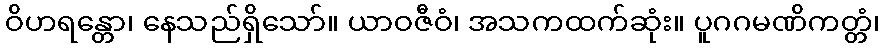
ဝိဟရန္တော၊ နေသည်ရှိသော်။ ယာဝဇီဝံ၊ အသကထက်ဆုံး။ ပူဂဂမဏိကတ္တံ၊